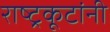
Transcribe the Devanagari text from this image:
राष्ट्रकूटांनी